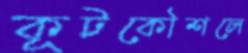
কূটকৌশলে